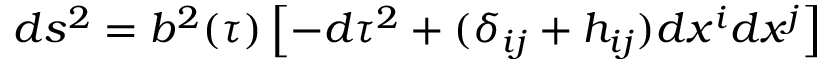
d s ^ { 2 } = b ^ { 2 } ( \tau ) \left[ - d \tau ^ { 2 } + ( \delta _ { i j } + h _ { i j } ) d x ^ { i } d x ^ { j } \right]